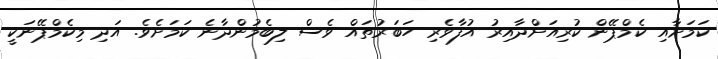
ކަމަށާއި ކެމްޕޭން ކުރިއަށްދާއިރު އުފާވެރި ހަބަރުތައް ވެސް ލިބެމުންދާނެ ކަމަށެވެ. އަދި މިކެމްޕޭނަކީ